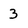
Character: 3